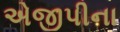
એજીપીના